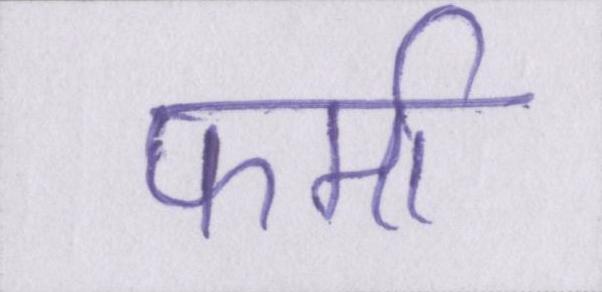
फर्मा